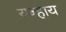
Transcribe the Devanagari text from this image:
यन्हाय